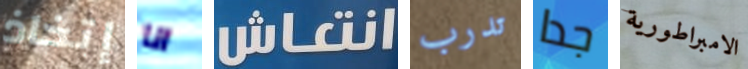
إتخاذ انا انتعاش تدرب جدا الامبراطورية